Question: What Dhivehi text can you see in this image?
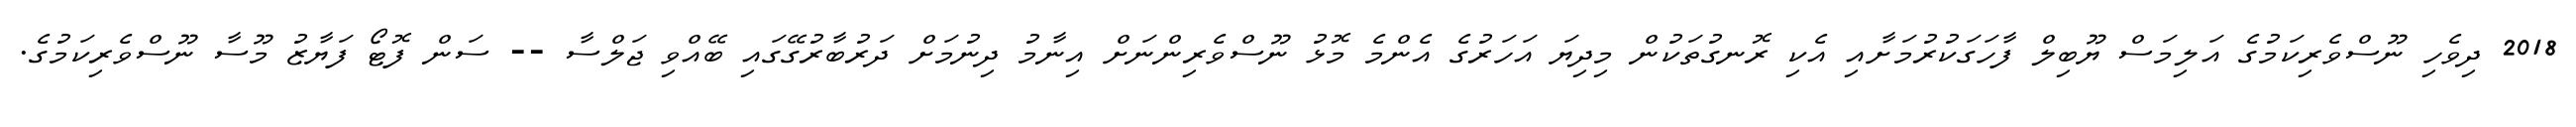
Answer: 2018 ދިވެހި ނޫސްވެރިކަމުގެ އަލިމަސް ޔޫބިލް ފާހަގަކުރުމަށާއި އެކި ރޮނގުތަކުން މިދިޔަ އަހަރުގެ އެންމެ މޮޅު ނޫސްވެރިންނަށް އިނާމު ދިނުމަށް ދަރުބާރުގޭގައި ބޭއްވި ޖަލްސާ -- ސަން ފޮޓޯ ފަޔާޒު މޫސާ ނޫސްވެރިކަމުގެ.